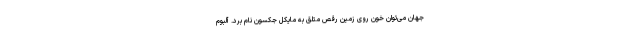
جهان می‌توان خون روی زمین رقص متلق به مایکل جکسون نام برد. آلبوم